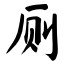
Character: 厕